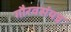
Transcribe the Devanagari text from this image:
गौरवसंपन्न